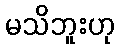
မသိဘူးဟု